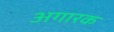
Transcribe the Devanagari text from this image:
अगारक